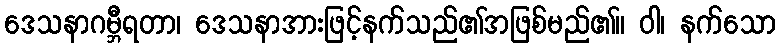
ဒေသနာဂမ္ဘီရတာ၊ ဒေသနာအားဖြင့်နက်သည်၏အဖြစ်မည်၏။ ဝါ၊ နက်သော